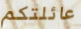
عائلتكم